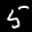
Digit: 5